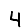
Digit: 4